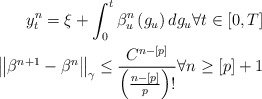
\begin{align*}y_{t}^{n}=\xi +\int_{0}^{t}\beta _{u}^{n}\left( g_{u}\right) dg_{u}\forall t\in \left[ 0,T\right] \\\left\Vert \beta ^{n+1}-\beta ^{n}\right\Vert _{\gamma }\leq \frac{C^{n-\left[ p\right] }}{\left( \frac{n-\left[ p\right] }{p}\right) !}\forall n\geq \left[ p\right] +1 \end{align*}